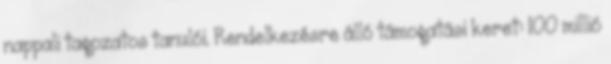
nappali tagozatos tanulói. Rendelkezésre álló támogatási keret: 100 millió